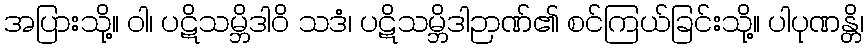
အပြားသို့။ ဝါ၊ ပဋိသမ္ဘိဒါဝိ သဒံ၊ ပဋိသမ္ဘိဒါဉာဏ်၏ စင်ကြယ်ခြင်းသို့။ ပါပုဏန္တိ၊